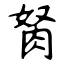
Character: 胬